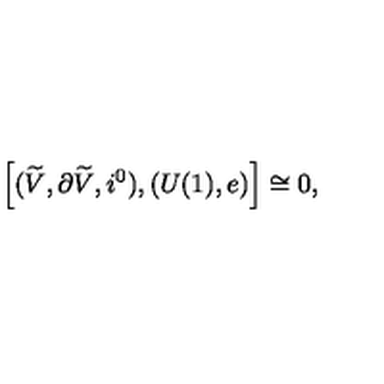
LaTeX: \left[ ( \widetilde { V } , \partial \widetilde { V } , i ^ { 0 } ) , ( U ( 1 ) , e ) \right] \cong 0 ,